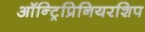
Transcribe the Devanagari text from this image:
ऑन्ट्रिप्रिनियरशिप